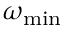
\omega _ { \mathrm { m i n } }